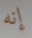
إنه